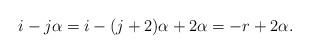
LaTeX: \begin{align*}i - j\alpha = i - (j+2)\alpha + 2\alpha = -r + 2\alpha.\end{align*}